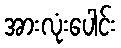
အားလုံးပေါင်း